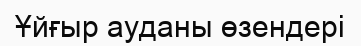
Ұйғыр ауданы өзендері